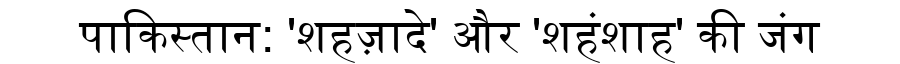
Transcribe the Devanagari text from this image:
पाकिस्तान: 'शहज़ादे' और 'शहंशाह' की जंग